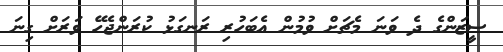
ސީޒަންގެ ދެ ވަނަ މެޗަށް ވުމުން އެބަހުރި ރަނގަޅު ކުރަންޖެހޭ ވަރަށް ގިނަ